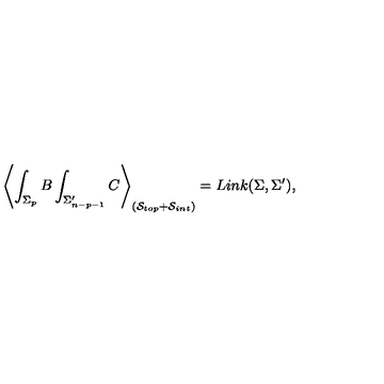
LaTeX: \left\langle \int _ { \Sigma _ { p } } B \int _ { \Sigma _ { n - p - 1 } ^ { \prime } } C \right\rangle _ { \left( \mathcal { S } _ { t o p } + \mathcal { S } _ { i n t } \right) } = L i n k ( \Sigma , \Sigma ^ { \prime } ) ,